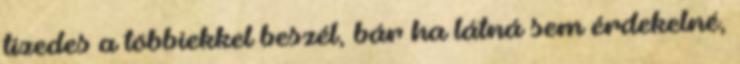
tizedes a többiekkel beszél, bár ha látná sem érdekelné,